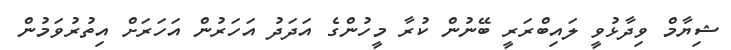
ޝިޔާމް ވިދާޅުވީ ލައިބްރަރީ ބޭނުން ކުރާ މީހުންގެ އަދަދު އަހަރުން އަހަރަށް އިތުރުވަމުން